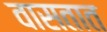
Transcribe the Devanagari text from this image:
वासतात